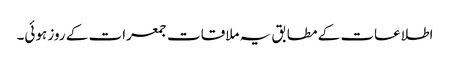
اطلاعات کے مطابق یہ ملاقات جمعرات کے روز ہوئی۔